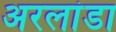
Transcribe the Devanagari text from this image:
अरलांडा